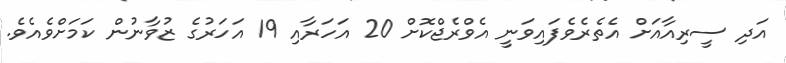
އަދި ސީރިއާއަށް އެތެރެވެފައިވަނީ އެވްރެޖްކޮށް 20 އަހަރާއި 19 އަހަރުގެ ޒުވާނުން ކަމަށްވެއެވެ.